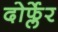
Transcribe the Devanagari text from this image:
दोर्फ्लेर